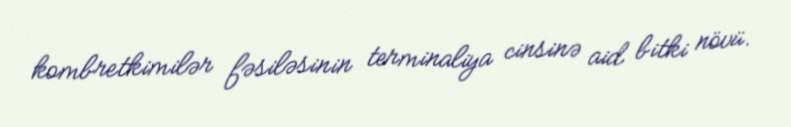
kombretkimilər fəsiləsinin terminaliya cinsinə aid bitki növü.